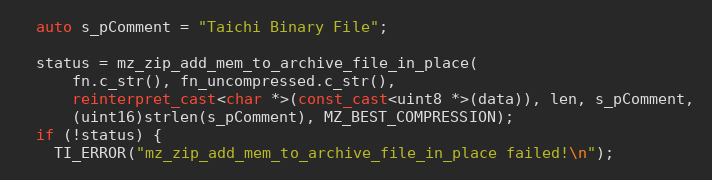
Language: C++
  auto s_pComment = "Taichi Binary File";

  status = mz_zip_add_mem_to_archive_file_in_place(
      fn.c_str(), fn_uncompressed.c_str(),
      reinterpret_cast<char *>(const_cast<uint8 *>(data)), len, s_pComment,
      (uint16)strlen(s_pComment), MZ_BEST_COMPRESSION);
  if (!status) {
    TI_ERROR("mz_zip_add_mem_to_archive_file_in_place failed!\n");